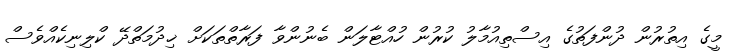
މީގެ އިތުރުން ދުންފަތުގެ އިސްތިއުމާލު ކުރުން ހުއްޓާލަން ބެނުންވާ ފަރާތްތަކަށް ޚިދުމަތްދޭ ކްލިނިކެއްވެސް